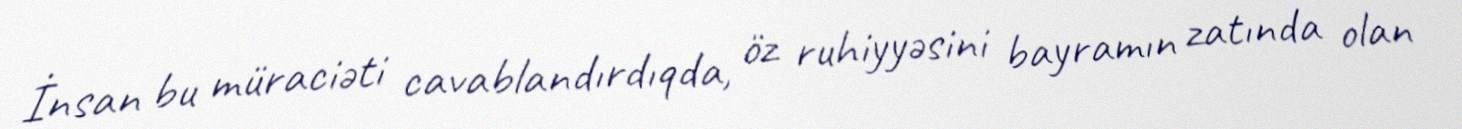
İnsan bu müraciəti cavablandırdıqda, öz ruhiyyəsini bayramın zatında olan